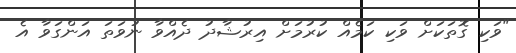
"ވަކި ގޮތަކަށް ވަކި ކަމެއް ކުރުމަށް އިރުޝާދު ދެއްވާ ނުވަތަ އަންގަވާ އެ